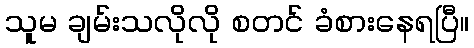
သူမ ချမ်းသလိုလို စတင် ခံစားနေရပြီ။